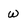
Character: W